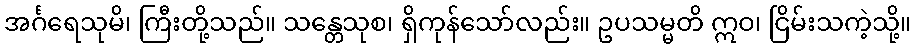
အင်္ဂရေသုမိ၊ ကြီးတို့သည်။ သန္တေသုစ၊ ရှိကုန်သော်လည်း။ ဥပသမ္မတိ ဣဝ၊ ငြိမ်းသကဲ့သို့။